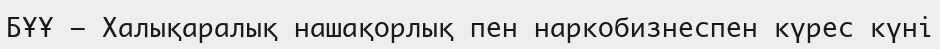
БҰҰ — Халықаралық нашақорлық пен наркобизнеспен күрес күні